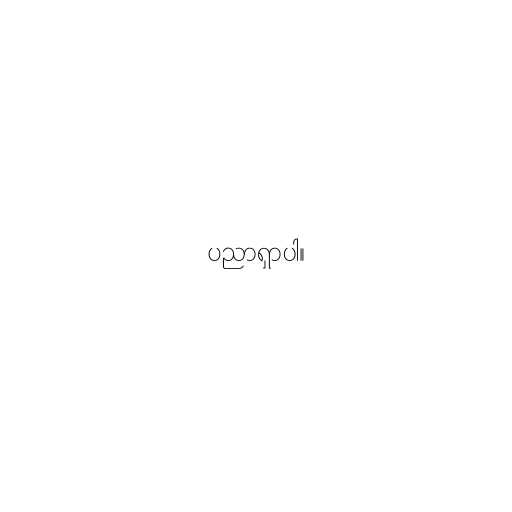
ပညာရှာပါ။